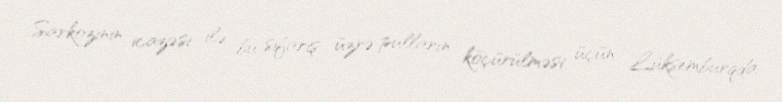
Sarkozinin icazəsi ilə bu sifariş üzrə pulların köçürülməsi üçün Lüksemburqda